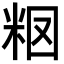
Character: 𥹉